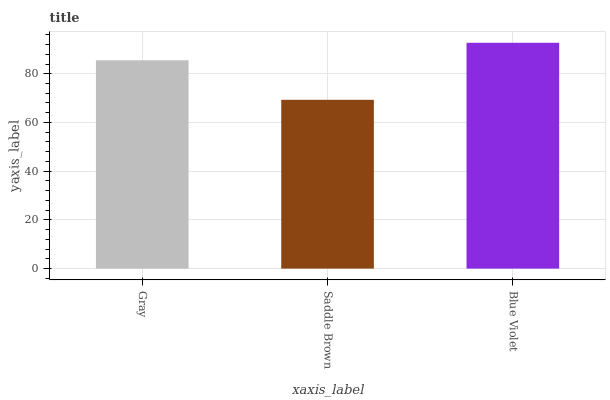
| xaxis_label | bars |
 | --- | --- |
 | Gray | 85.5 |
 | Saddle Brown | 69.3 |
 | Blue Violet | 92.7 |